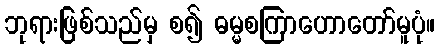
ဘုရားဖြစ်သည်မှ စ၍ ဓမ္မစကြာဟောတော်မူပုံ။